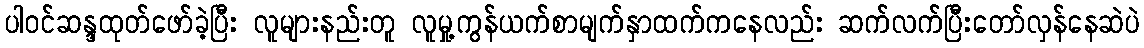
ပါဝင်ဆန္ဒထုတ်ဖော်ခဲ့ပြီး လူများနည်းတူ လူမှု့ကွန်ယက်စာမျက်နှာထက်ကနေလည်း ဆက်လက်ပြီးတော်လှန်နေဆဲပဲ